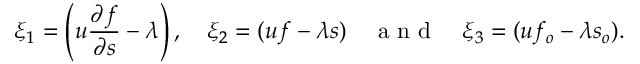
\xi _ { 1 } = \left( u \frac { \partial f } { \partial s } - \lambda \right) , \quad \xi _ { 2 } = ( u f - \lambda s ) \quad \mathrm { ~ a ~ n ~ d ~ } \quad \xi _ { 3 } = ( u f _ { o } - \lambda s _ { o } ) .